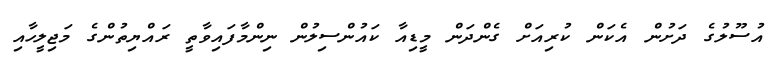
އުސޫލުގެ ދަށުން އެކަން ކުރިއަށް ގެންދަން މީޑިއާ ކައުންސިލުން ނިންމާފައިވާތީ ރައްޔިތުންގެ މަޖިލީހާއި